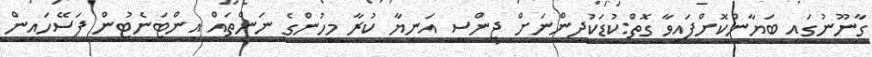
ގާނޫނުގައި ބަޔާންކޮށްފައިވާ ގޮތް:ކުޑަކުދިންނަށް ޖިންސީ އަނިޔާ ކުރާ މީހުންގެ ނަންތައް އިންޓަނެޓުން ފަސޭހައިން